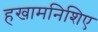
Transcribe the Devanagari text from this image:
हखामनिशिए